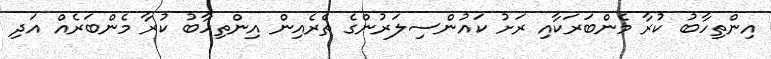
އިންތިހާބު ކުރާ މެންބަރަކާއި ރަށު ކައުންސިލަރުންގެ ތެރެއިން އިންތިހާބު ކުރާ މެންބަރެއް އަދި